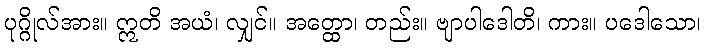
ပုဂ္ဂိုလ်အား။ ဣတိ အယံ၊ လျှင်။ အတ္ထော၊ တည်း။ ဗျာပါဒေါတိ၊ ကား။ ပဒေါသော၊